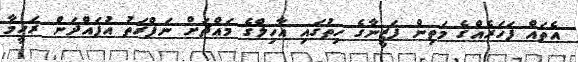
އެތައް ފަހަރެއްގެ މަތިން ފަޒީނާގެ ހިތުގައި އާހިލްގެ މައްޗަށް ނަފްރަތު އުފައްދަން ރަހީމާ